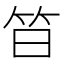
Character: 𱷳